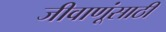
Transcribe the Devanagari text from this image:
जीवाणूंसाठी